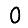
Digit: 0